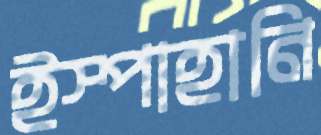
ইস্পাহানি